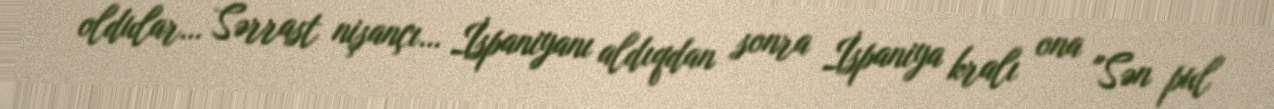
oldular… Sərrast nişançı… İspaniyanı aldıqdan sonra İspaniya kralı ona "Sən pul